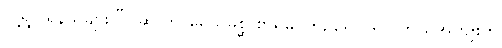
လူ့ရွာ ရန်သူများ။” (ဆို)ကာမေသုမိစ္ဆာစာရမှ ကြဉ်ရှောင်ရင် ဘယ်အကျိုးကို